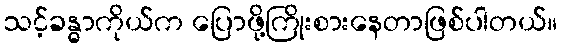
သင့်ခန္ဓာကိုယ်က ပြောဖို့ကြိုးစားနေတာဖြစ်ပါတယ်။